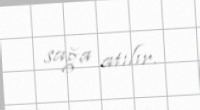
sağa atılır.